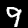
Label: 9